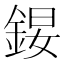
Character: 𨧉